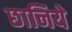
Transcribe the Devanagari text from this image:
छानिये